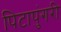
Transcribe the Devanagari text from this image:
पिटापुंगरी